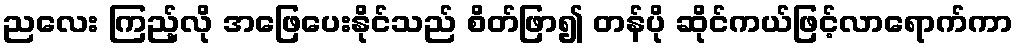
ညလေး ကြည့်လို အဖြေပေးနိုင်သည် စိတ်ဖြာ၍ တန်ပို ဆိုင်ကယ်ဖြင့်လာရောက်ကာ